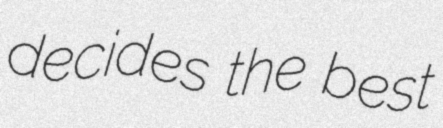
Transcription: decides the best